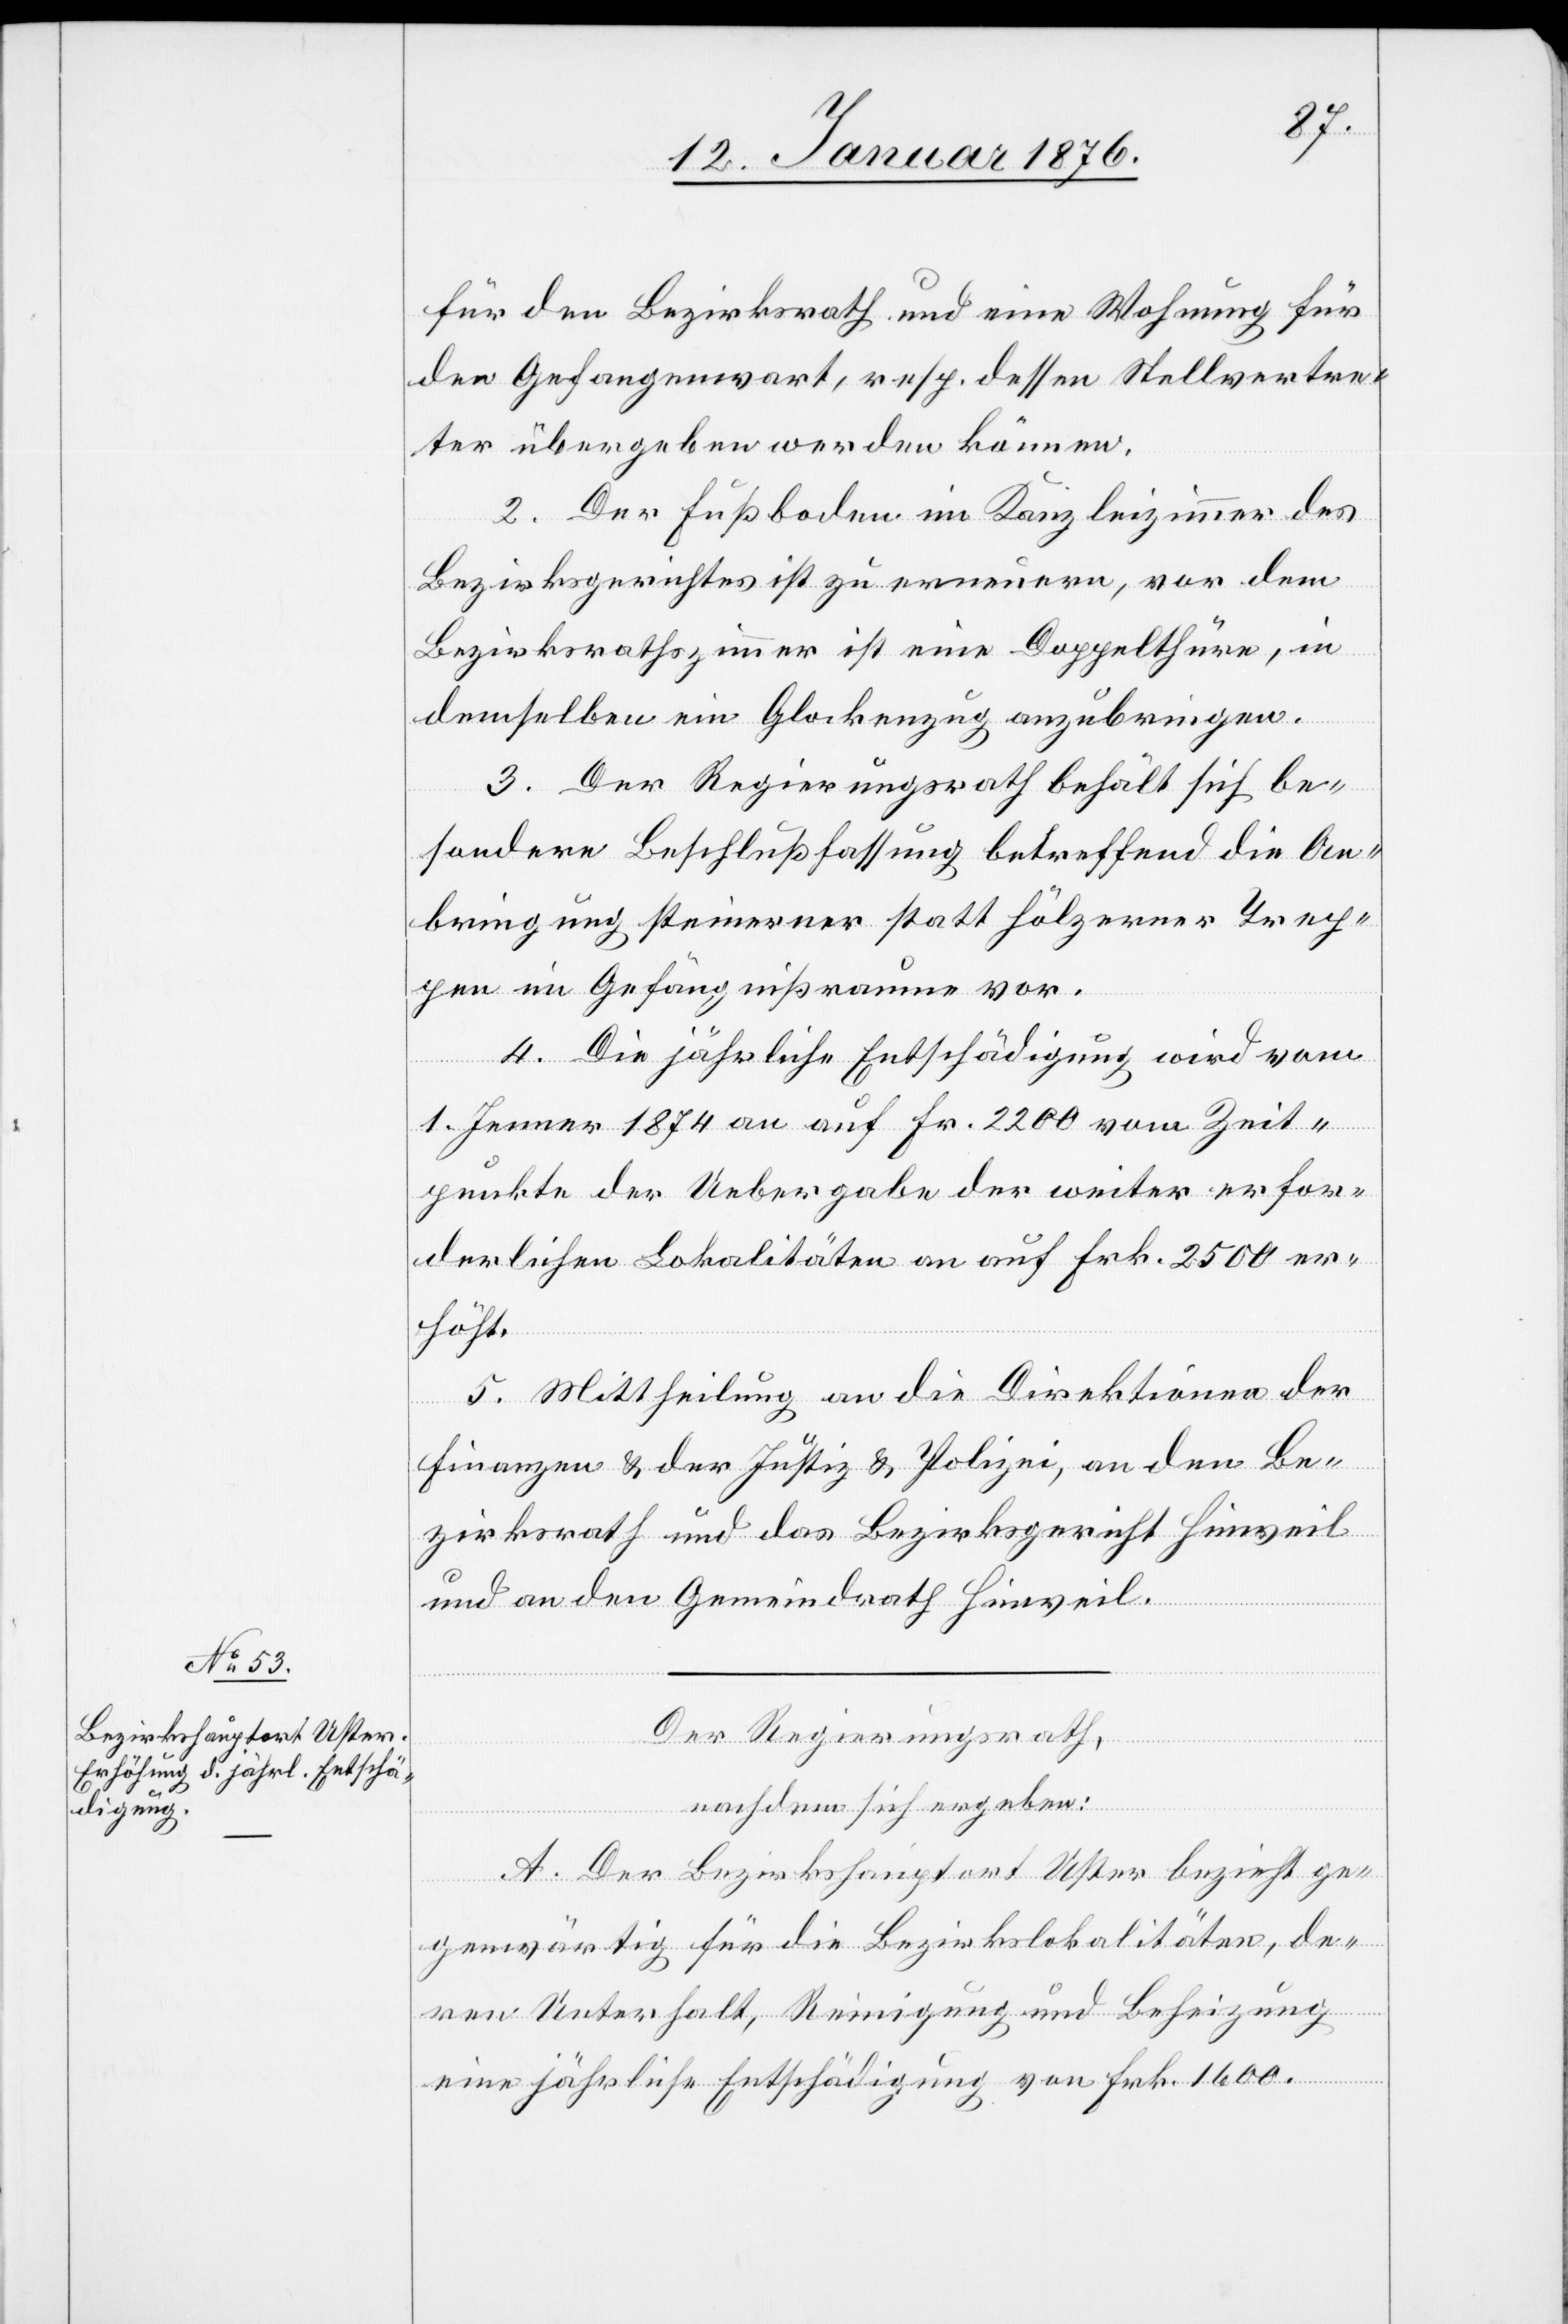
für den Bezirksrath und eine Wohnung für
den Gefangenwart, resp. dessen Stellvertre¬
ter übergeben werden können.
2. Der Fußboden im Kanzleizimmer des
Bezirksgerichtes ist zu erneuern, vor dem
Bezirksrathszimmer ist eine Doppelthüre, in
demselben ein Glockenzug anzubringen.
3. Der Regierungsrath behält sich be¬
sondere Beschlußfassung betreffend die An¬
bringung steinerner statt hölzerner Trep¬
pen im Gefängnißraume vor.
4. Die jährliche Entschädigung wird vom
1. Jenner 1874 an auf Fr. 2200 vom Zeit¬
punkte der Uebergabe der weiter erfor¬
derlichen Lokalitäten an auf Frk. 2500 er¬
höht.
5. Mittheilung an die Direktion der
Finanzen u. der Justiz u. Polizei, an den Be¬
zirksrath und das Bezirksgericht Hinweil
und an den Gemeindrath Hinweil.
Der Regierungsrath,
nachdem sich ergeben:
A. Der Bezirkshauptort Uster bezieht ge¬
genwärtig für die Bezirkslokalitäten, de¬
ren Unterhalt, Reinigung und Beheizung
eine jährliche Entschädigung von Frk. 1600.